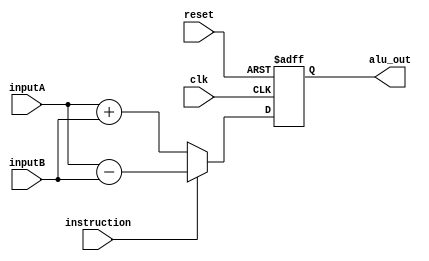
module ALU(alu_out,instruction,inputA,inputB,clk,reset);
output [3:0] alu_out;
input [3:0] inputA,inputB;
input instruction;
input clk,reset;

reg [3:0] alu_out;
reg [3:0] X;

always@(posedge clk or negedge reset)
begin
  if(!reset)
    alu_out <= 0;
  else
    alu_out <= X;
end

always@(inputA or inputB or instruction)
begin
  if(!instruction)
    X=inputA+inputB;
  else
    X=inputA-inputB;
end

endmodule